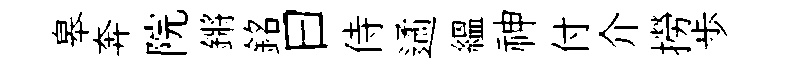
皋奔院鏘銘曰侍遹緼神付介撈歩